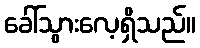
ခေါ်သွားလေ့ရှိသည်။